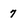
Character: 7